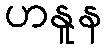
ဟနူန